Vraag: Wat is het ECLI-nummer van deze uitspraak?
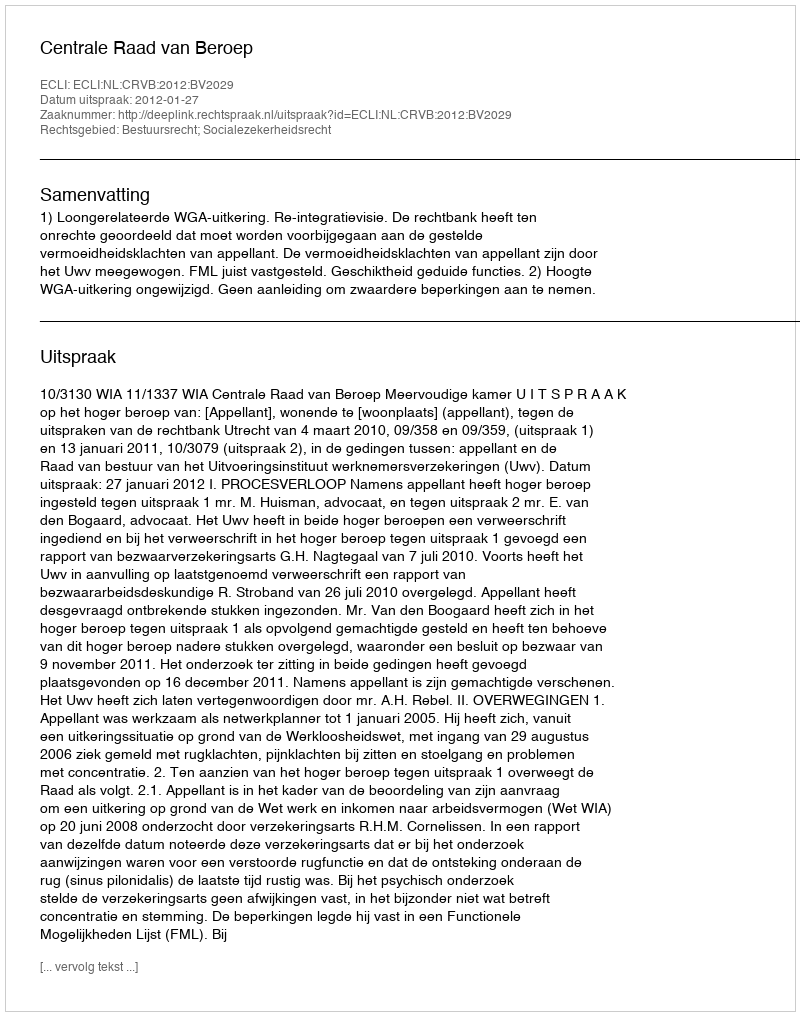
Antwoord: ECLI:NL:CRVB:2012:BV2029